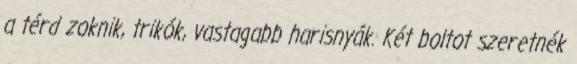
a térd zoknik, trikók, vastagabb harisnyák. Két boltot szeretnék